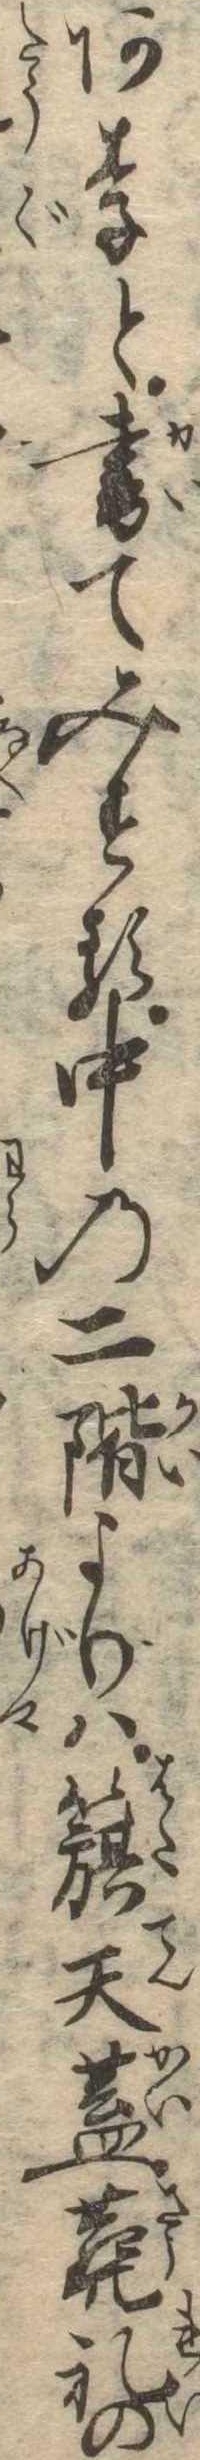
ありと書てみする中の二階よりは旗天蓋葬礼の